Annual report on the mental hospital in the Central Provinces and Berar (Nagpur) - 1927-1951
Year: 1927
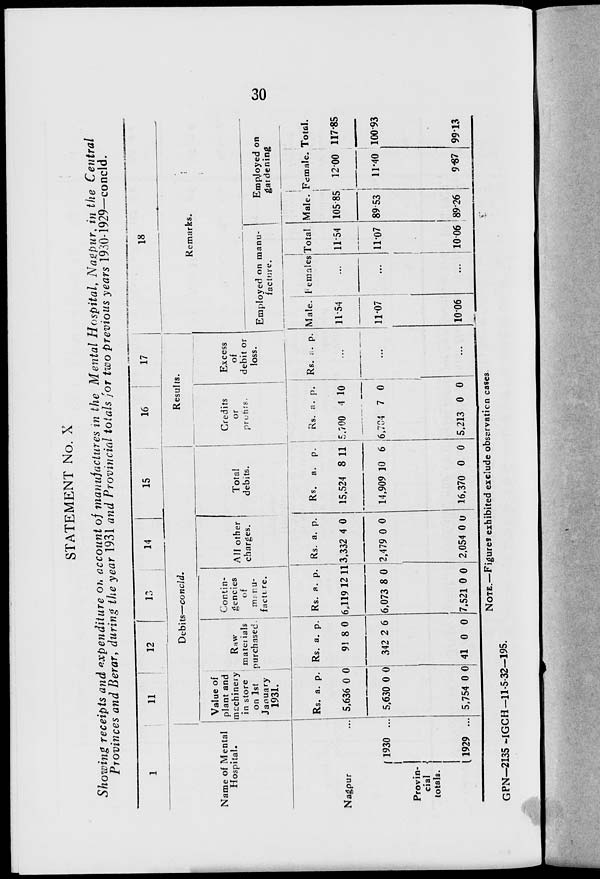
30
STATEMENT No. X
Showing receipts and expenditure on account of manufactures in the Mental Hospital, Nagpur, in the Central
Provinces and Berar, during the year 1931 and Provincial totals for two previous years 1930-1929—concld.
1
Name of Mental
Hospital.
Nagpur ...
Provin-
cial
totals.
1930 ...
1929 ...
11
12
13
14
15
Debits—concld.
Value of
plant and
machinery
in store
on 1st
January
1931.
Rs.
5,636
5,630
5,754
a.
0
0
0
p.
0
0
0
Raw
materials
purchased.
Rs.
91
342
41
a.
8
2
0
p.
0
6
0
Contin-
gencies
of
manu-
facture.
Rs.
6,119
6,073
7,521
a.
12
8
0
p.
11
0
0
All other
charges.
Rs.
3,332
2,479
2,054
a.
4
0
0
p.
0
0
0
Total
debits.
Rs.
15,524
14,909
16,370
a.
8
10
0
p.
11
6
0
16
17
Results.
Credits
or
profits.
Rs.
5,700
6,704
5,213
a.
4
7
0
p.
10
0
0
Excess
of
debit or
loss.
Rs. a. p.
...
...
...
18
Remarks.
Employed on manu-
facture.
Male.
11.54
11.07
10.06
Females.
...
...
...
Total.
11.54
11.07
10.06
Employed on
gardening
Male.
105.85
89.53
89.26
Female.
12.00
11.40
9.87
Total.
117.85
100.93
99.13
NOTE.—Figures exhibited exclude observation cases.
GPN—2135 —IGCH—11-5-32—195.